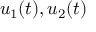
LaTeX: u _ { 1 } ( t ) , u _ { 2 } ( t )